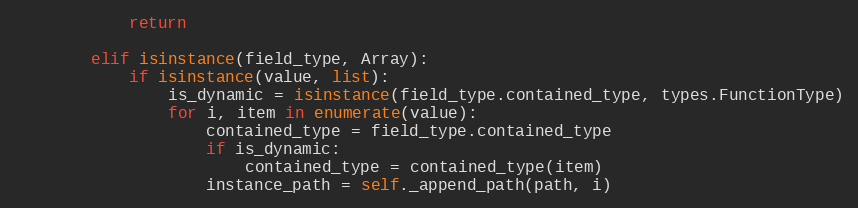
Language: Python
            return

        elif isinstance(field_type, Array):
            if isinstance(value, list):
                is_dynamic = isinstance(field_type.contained_type, types.FunctionType)
                for i, item in enumerate(value):
                    contained_type = field_type.contained_type
                    if is_dynamic:
                        contained_type = contained_type(item)
                    instance_path = self._append_path(path, i)